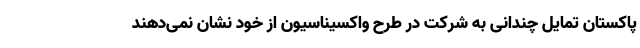
پاکستان تمایل چندانی به شرکت در طرح واکسیناسیون از خود نشان نمی‌دهند